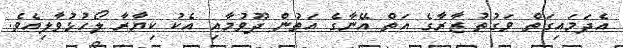
އެދަމައިގަތް ވަގުތު ޒާރާގެ އަތް އޭނާގެ އަތުން ދޫވުމާއި އެކު ކިޔާރާ ލޯހުޅުވާލިއެވެ.